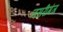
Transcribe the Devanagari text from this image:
नसरीगंज